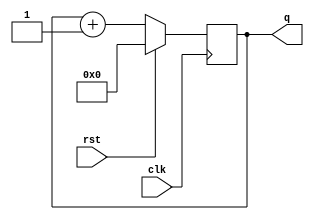
module counter(clk, q, rst);

    input clk;
    input rst;
    output [7:0] q;
    reg [7:0] q;

    always @ (posedge clk)
    begin
        if(rst)
			q <= 8'b00000000;
	else
		q <= q + 1;
    end

endmodule